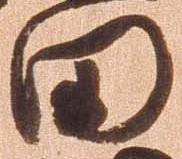
田